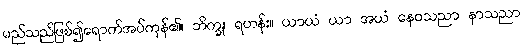
မည်သည်ဖြစ်၍ရောက်အပ်ကုန်၏။ ဘိက္ခု၊ ရဟန်း။ ယာယံ ယာ အယံ နေဝသညာ နာသညာ